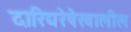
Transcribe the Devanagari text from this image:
दारिद्यरेषेखालील